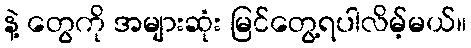
နဲ့ တွေကို အများဆုံး မြင်တွေ့ရပါလိမ့်မယ်။